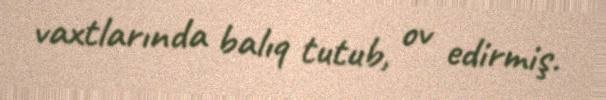
vaxtlarında balıq tutub, ov edirmiş.